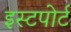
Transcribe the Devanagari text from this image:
इस्टपोर्ट